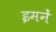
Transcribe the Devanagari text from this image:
इमनें